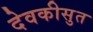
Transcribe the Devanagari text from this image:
देवकीसुत